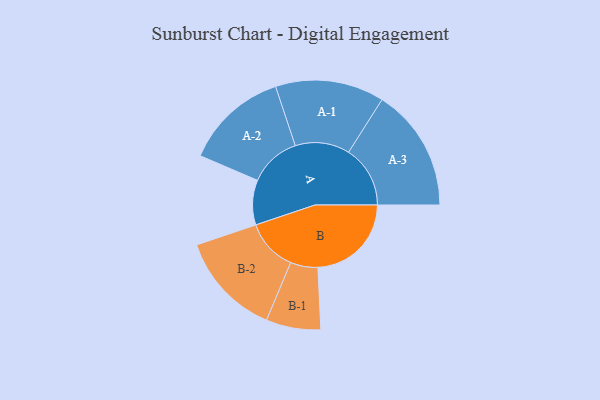
{"axis": {"x": "Segment", "y": "Value"}, "legend": ["", "A", "B"], "data": [{"x": "A", "y": 218, "type": ""}, {"x": "B", "y": 455, "type": ""}, {"x": "A-1", "y": 265, "type": "A"}, {"x": "A-2", "y": 252, "type": "A"}, {"x": "A-3", "y": 300, "type": "A"}, {"x": "B-1", "y": 133, "type": "B"}, {"x": "B-2", "y": 253, "type": "B"}]}